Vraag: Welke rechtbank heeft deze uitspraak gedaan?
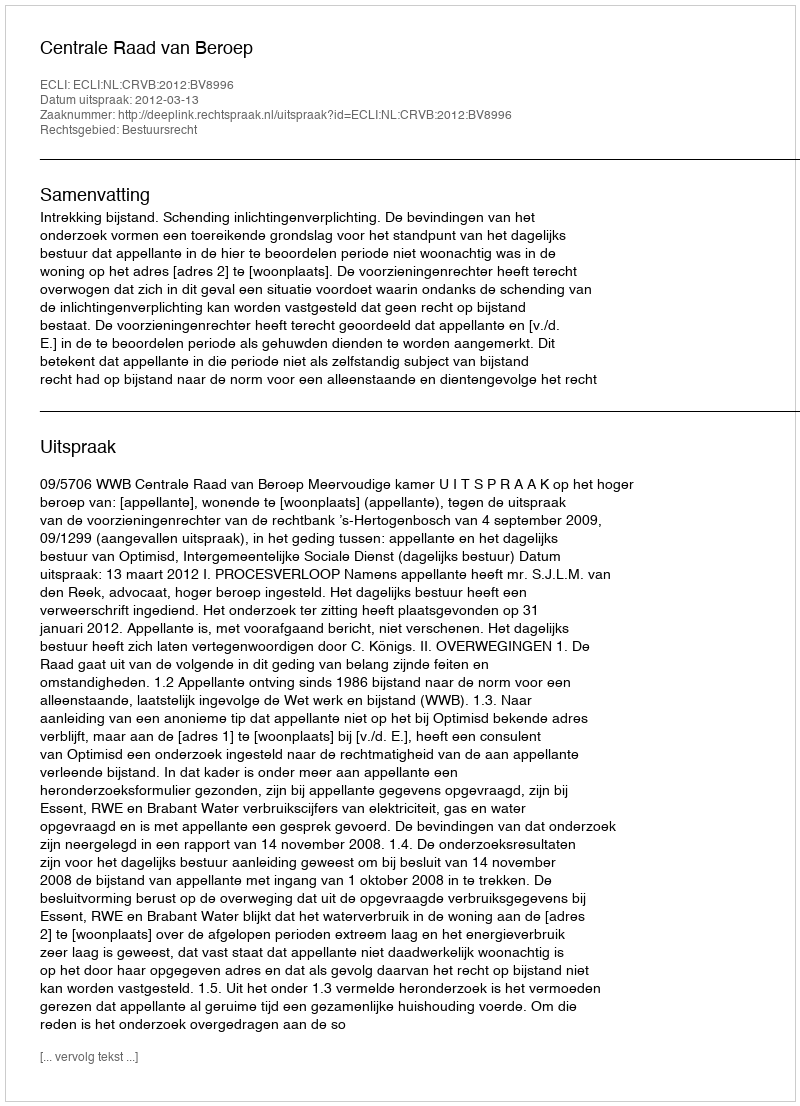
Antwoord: Centrale Raad van Beroep